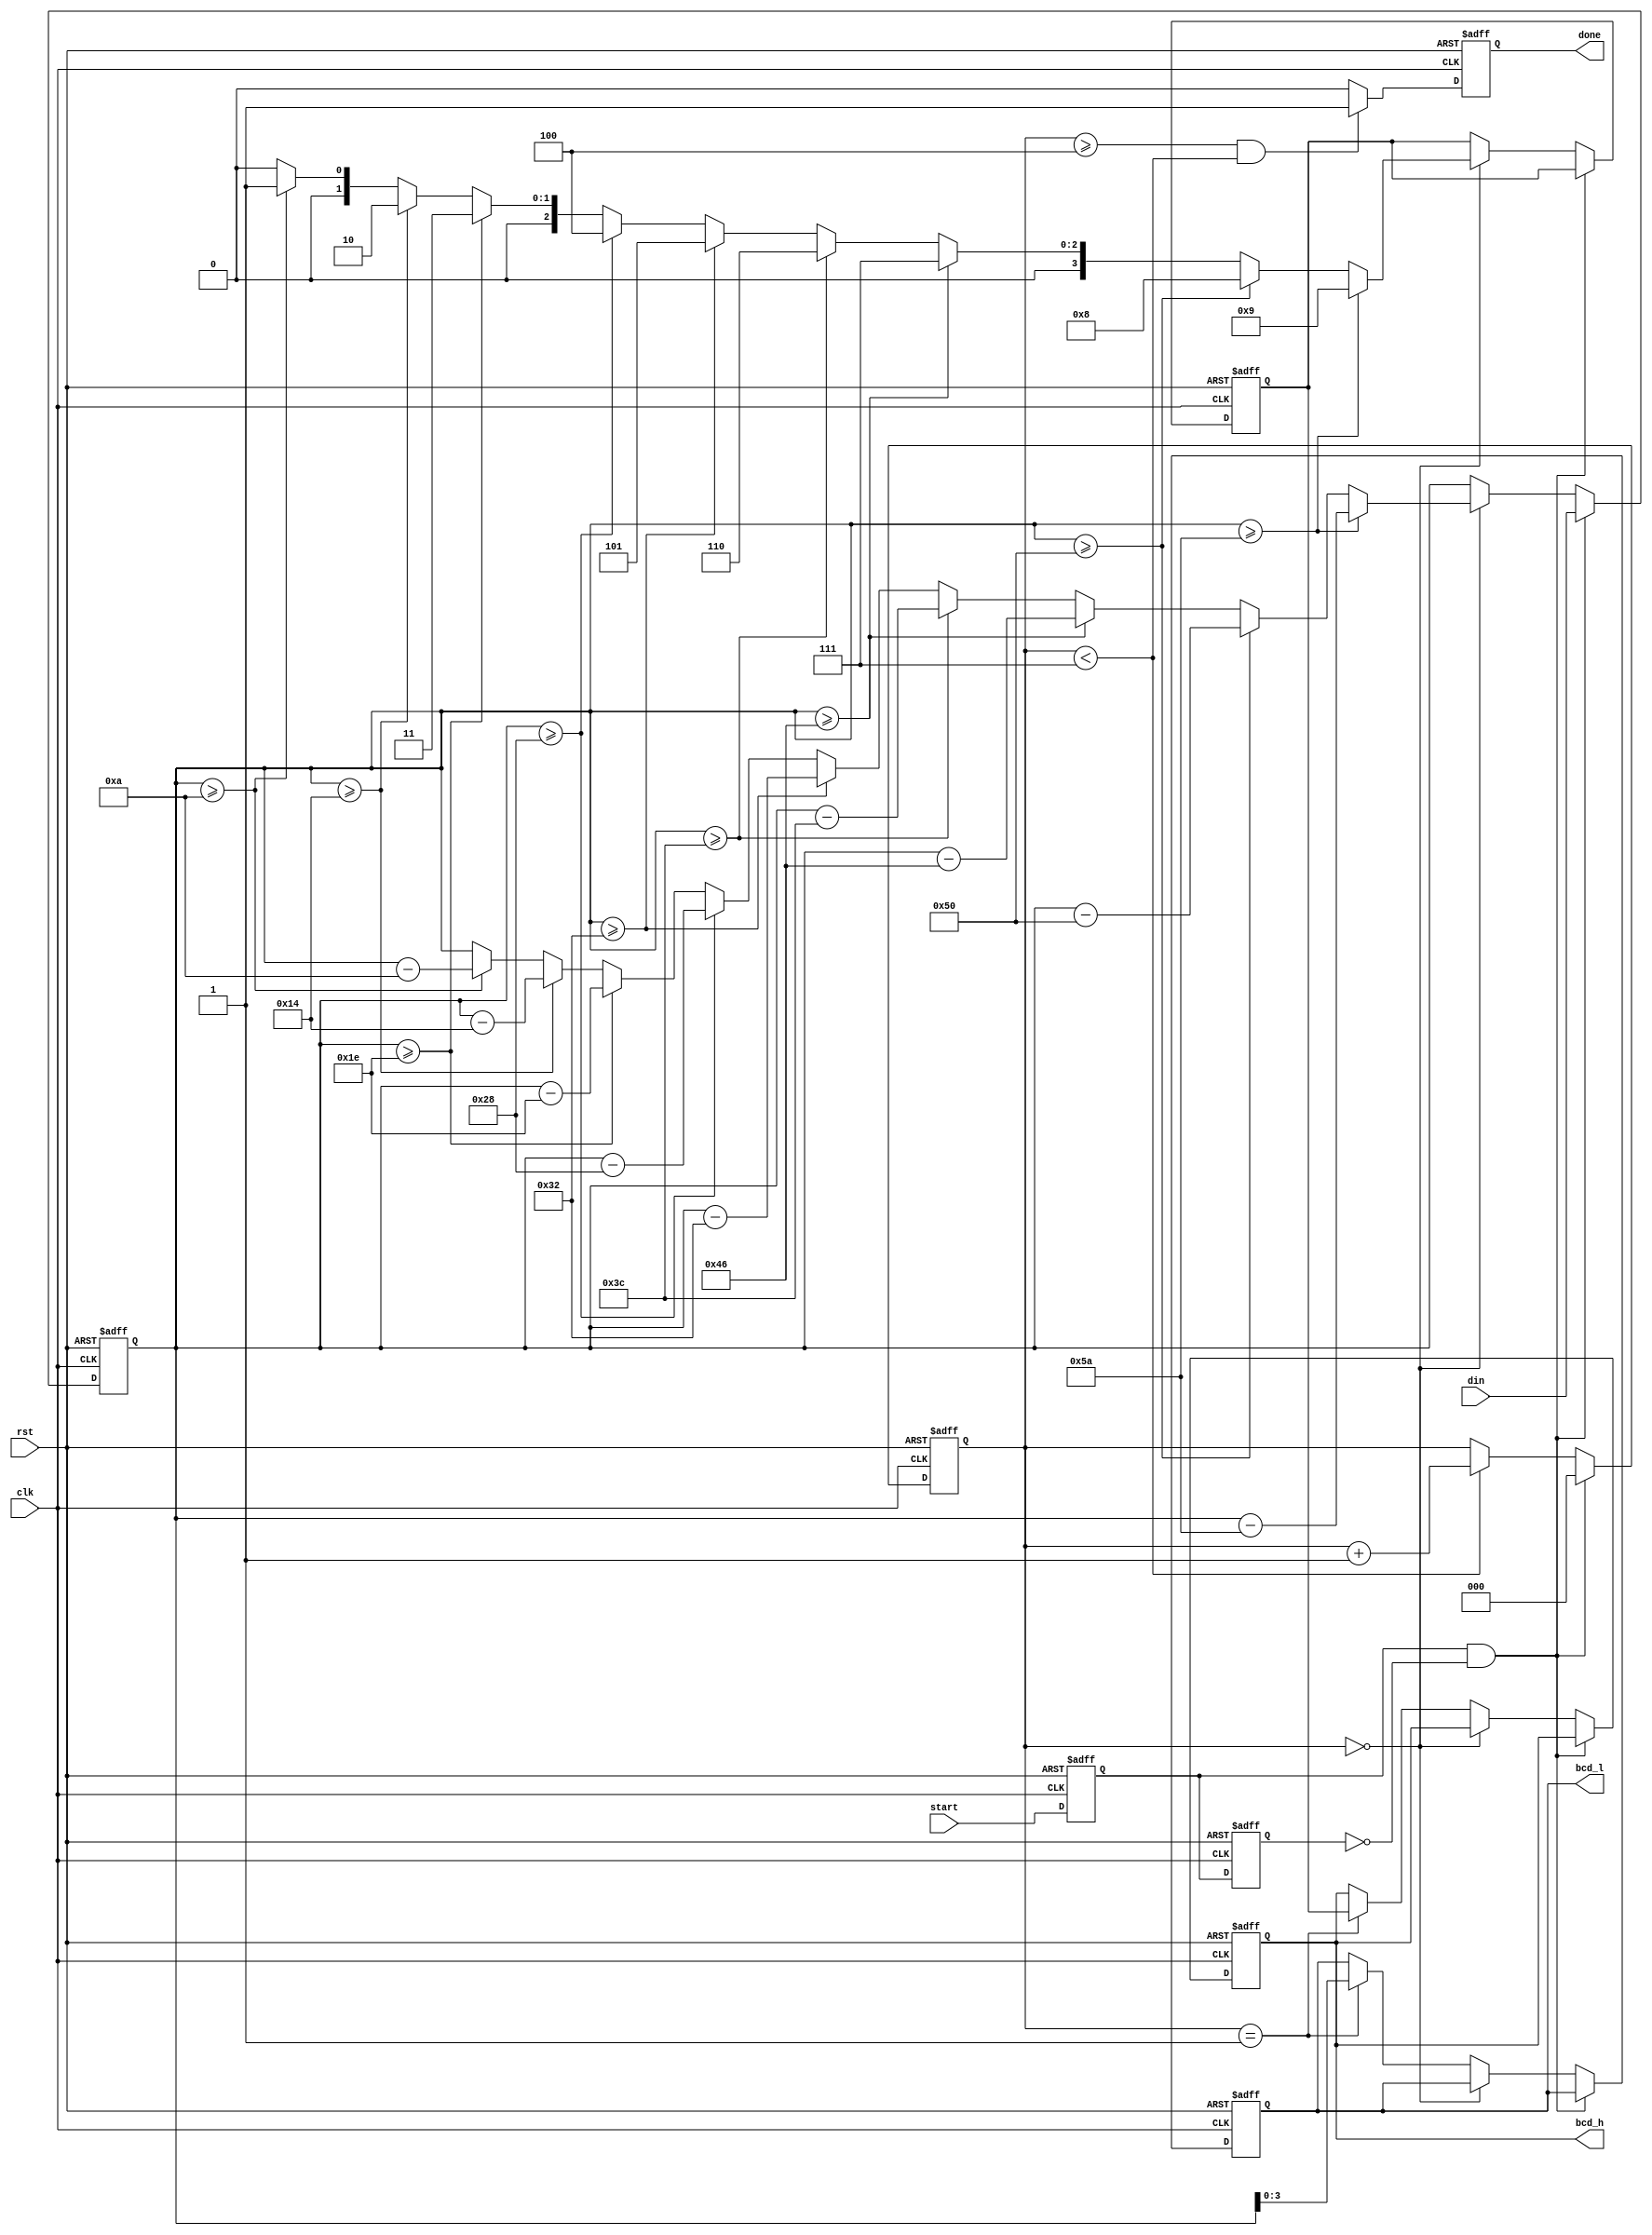
module hex2bcd(
    input rst,
    input clk,
    input start,
    input [6:0] din,
    output reg done,
    output reg [3:0] bcd_h,
    output reg [3:0] bcd_l,
);

reg st0;
reg st1;
reg [2:0] stcnt;
reg [3:0] bcdh;
reg [6:0] temp;

/* idea */
// d_10 <= (din/10);
// d_1 <= ((d_10 * 10) - din);

always @(negedge rst or posedge clk) begin
    if(rst ==0) begin
        done <= 0;
    end
    else begin
        if ((stcnt >= 4) & (stcnt < 7)) begin
            done <= 1;
        end else begin
            done <= 0;
        end
    end
end

always @(negedge rst or posedge clk) begin
    if(rst == 0) begin
        temp <= 0; bcdh <= 0;
        bcd_h <= 0; bcd_l <= 0;
    end
    else begin
        if(st0 & ~st1) begin
            // rising edge of start
            temp <= din;
        end else if(stcnt == 0) begin
            // Decide 10's Value
            if      (temp >= 90) begin bcdh <= 9; temp <= temp - 90; end
            else if (temp >= 80) begin bcdh <= 8; temp <= temp - 80; end
            else if (temp >= 70) begin bcdh <= 7; temp <= temp - 70; end
            else if (temp >= 60) begin bcdh <= 6; temp <= temp - 60; end
            else if (temp >= 50) begin bcdh <= 5; temp <= temp - 50; end
            else if (temp >= 40) begin bcdh <= 4; temp <= temp - 40; end
            else if (temp >= 30) begin bcdh <= 3; temp <= temp - 30; end
            else if (temp >= 20) begin bcdh <= 2; temp <= temp - 20; end
            else if (temp >= 10) begin bcdh <= 1; temp <= temp - 10; end
            else  begin                bcdh <= 0; end
        end
        else if(stcnt == 1) begin
            // Decide 1's Value
            bcd_h <= bcdh; 
            bcd_l <= temp[3:0];
        end
    end
end

always @(negedge rst or posedge clk) begin
   if(rst == 0) begin
        st0 <= 0; st1 <= 0;
        stcnt <= 15;
   end 
   else begin
        st0 <= start; st1 <= st0;
        if(st0 & ~st1) begin
            //rising edge of start
            stcnt <= 0;
        end 
        else if(stcnt < 7) begin
            stcnt <= stcnt + 1;
        end
   end
end

endmodule